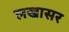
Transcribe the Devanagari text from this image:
लखासर